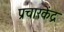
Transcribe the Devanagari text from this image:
प्रचारकेंद्र